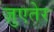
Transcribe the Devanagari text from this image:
ज़ुएतेर